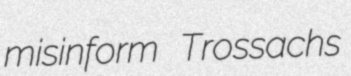
misinform Trossachs